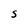
Character: 5